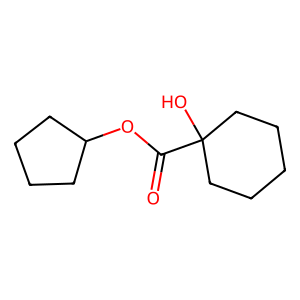
SMILES: O=C(OC1CCCC1)C1(O)CCCCC1
Inhibits HIV replication: No